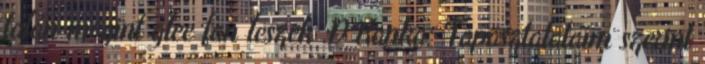
talán megint glee fan leszek :D Kanka: Tapasztalataim szerint